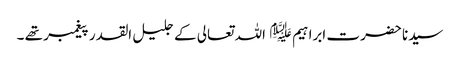
سیدنا حضرت ابراہیم ﷤ اللہ تعالی کے جلیل القدر پیغمبر تھے ۔